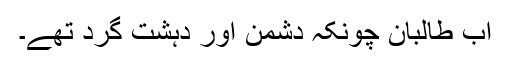
اب طالبان چونکہ دشمن اور دہشت گرد تھے۔